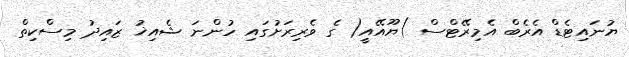
ޔުނައިޓެޑް އެރެބް އެމިރޭޓްސް )ޔޫއޭއީ( ގެ ވެރިރަށުގައި ހުންނަ ޝެއިޚު ޒައިދު މިސްކިތް